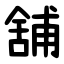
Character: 舖